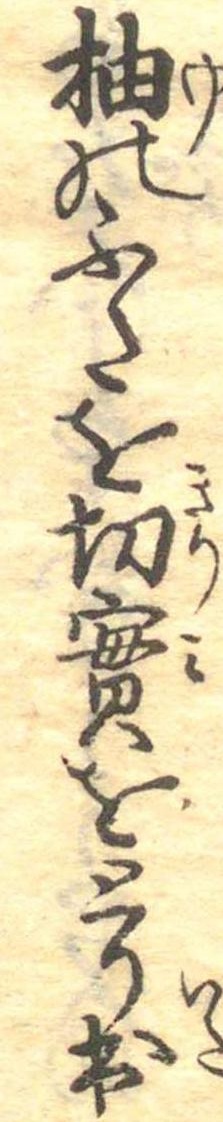
柚のふたを切実をとり出